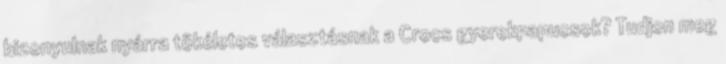
bizonyulnak nyárra tökéletes választásnak a Crocs gyerekpapucsok? Tudjon meg